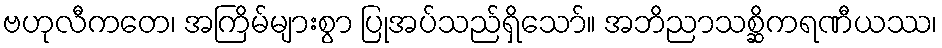
ဗဟုလီကတေ၊ အကြိမ်များစွာ ပြုအပ်သည်ရှိသော်။ အဘိညာသစ္ဆိကရဏီယဿ၊